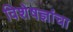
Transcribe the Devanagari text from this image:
विशेषज्ञांचा